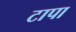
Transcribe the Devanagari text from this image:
टापा